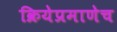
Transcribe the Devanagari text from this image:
क्रियेप्रमाणेच